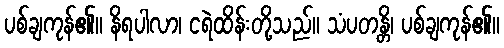
ပစ်ချကုန်၏။ နိရပါလာ၊ ငရဲထိန်းတို့သည်။ သံပတန္တိ၊ ပစ်ချကုန်၏။